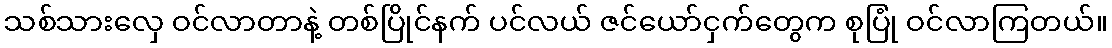
သစ်သားလှေ ဝင်လာတာနဲ့ တစ်ပြိုင်နက် ပင်လယ် ဇင်ယော်ငှက်တွေက စုပြုံ ဝင်လာကြတယ်။